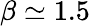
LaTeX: \beta\simeq 1.5